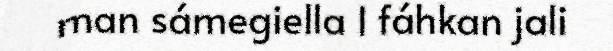
man sámegiella l fáhkan jali